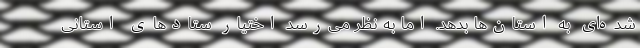
شده‌ای به استان‌ها بدهد. اما به‌ نظر می‌رسد اختیار ستادهای استانی